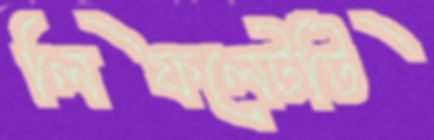
লিফলেটটি